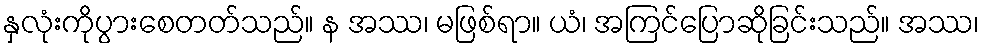
နှလုံးကိုပွားစေတတ်သည်။ န အဿ၊ မဖြစ်ရာ။ ယံ၊ အကြင်ပြောဆိုခြင်းသည်။ အဿ၊